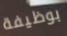
بوظيفة